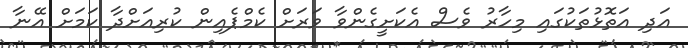
އަދި އަތޮޅުތަކުގައި މިހާރު ވެސް އެކަށީގެންވާ ވަރަށް ކެމްޕެއިން ކުރިއަށްދާ ކަމަށް އޭނާ